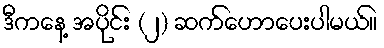
ဒီကနေ့ အပိုင်း (၂) ဆက်ဟောပေးပါမယ်။